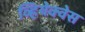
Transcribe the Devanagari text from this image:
व्हियेक्वेस